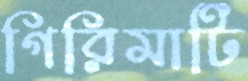
গিরিমাটি